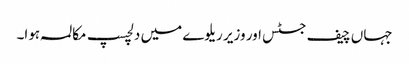
جہاں چیف جسٹس اور وزیر ریلوے میں دلچسپ مکالمہ ہوا۔